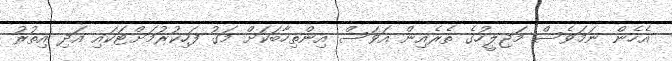
އެހެން ނަމަވެސް މަޖިލީހުގެ ތެރެއިން އަވަސް އިންތިހާބަކަށް މަގު ފަހިކުރުމަށްޓަކައި އަދި އިތުރު